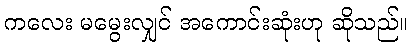
ကလေး မမွေးလျှင် အကောင်းဆုံးဟု ဆိုသည်။